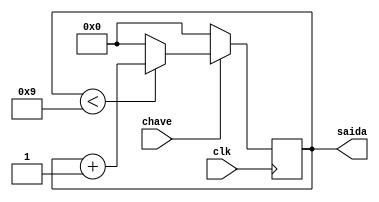
module contador(clk,saida,chave);
input clk,chave;
output reg[3:0]saida;

initial
begin
saida = 4'b0000;
end
always@(posedge clk)
begin
if(saida<9)
saida = saida+1;
else 
saida = 4'b0000;
if(chave==0)
saida=4'b0000;
end
endmodule